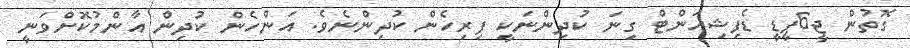
ގޮތުން ޖީ6ޕީޑީ ޑެފިޝިއަންޓް ގިނަ ކުދިންނަކީ ފިރިހެން ކުދިންނެވެ. އަންހެން ކުދިން އާންމުކޮށްވަނީ